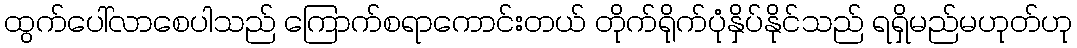
ထွက်ပေါ်လာစေပါသည် ကြောက်စရာကောင်းတယ် တိုက်ရိုက်ပုံနှိပ်နိုင်သည် ရရှိမည်မဟုတ်ဟု